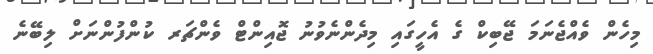
މިހެން ވެއްޖެނަމަ ޖޭބިކް ގެ އެހީގައި މިދެންނެވުނު ޖޮއިންޓް ވެންޗަރ ކުންފުންނަށް ލިބޭނެ